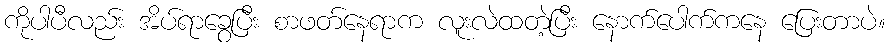
ကိုပါပီလည်း အိပ်ရာခွေပြီး စာဖတ်နေရာက လူးလဲထတဲ့ပြီး နောက်ပေါက်ကနေ ပြေးတာပဲ။